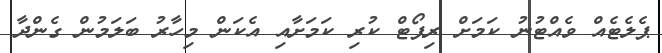
ޕެލެޓެއް ވެއްޓުނު ކަަމަށް ރިޕޯޓް ކުރި ކަމަށާއި އެކަން މިހާރު ބަަލަމުން ގެންދާ